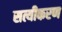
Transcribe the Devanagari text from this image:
सत्यीकरण